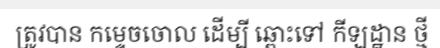
ត្រូវបាន កម្ទេចចោល ដើម្បី ឆ្ពោះទៅ កីឡដ្ឋាន ថ្មី